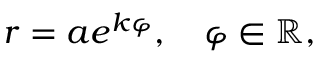
r = a e ^ { k \varphi } , \quad \varphi \in \mathbb { R } ,